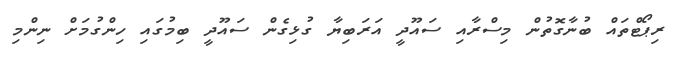
ރިޕޯޓްތައް ބުނާގޮތުން މިސްރާއި ސައޫދީ އަރަބިޔާ ގުޅިގެން ސައޫދީ ބިމުގައި ހިންގުމަށް ނިންމި